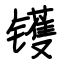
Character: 镬